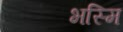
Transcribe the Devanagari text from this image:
भस्मि